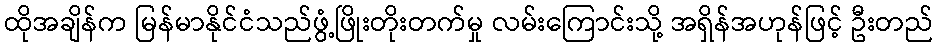
ထိုအချိန်က မြန်မာနိုင်ငံသည်ဖွံ့ဖြိုးတိုးတက်မှု လမ်းကြောင်းသို့ အရှိန်အဟုန်ဖြင့် ဦးတည်